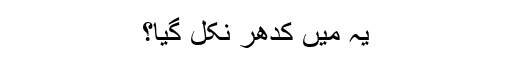
یہ میں کدھر نکل گیا؟